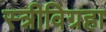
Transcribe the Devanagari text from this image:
स्त्रीविग्रहा